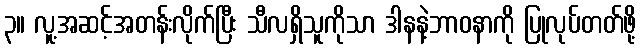
၃။ လူ့အဆင့်အတန်းလိုက်ပြီး သီလရှိသူကိုသာ ဒါနနဲ့ဘာဝနာကို ပြုလုပ်တတ်ဖို့